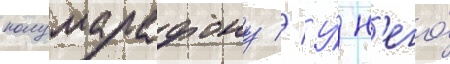
полумарафону // У́ н'его́